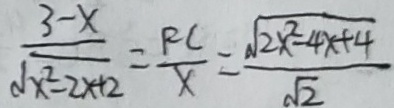
\frac { 3 - x } { \sqrt { x ^ { 2 } - 2 x + 2 } } = \frac { R C } { x } = \frac { \sqrt { 2 x ^ { 2 } - 4 x + 4 } } { \sqrt { 2 } }